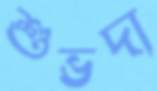
শুভদা